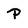
Character: P